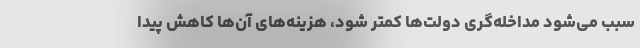
سبب می‌شود مداخله‌گری دولت‌ها کمتر شود، هزینه‌های آن‌ها کاهش پیدا